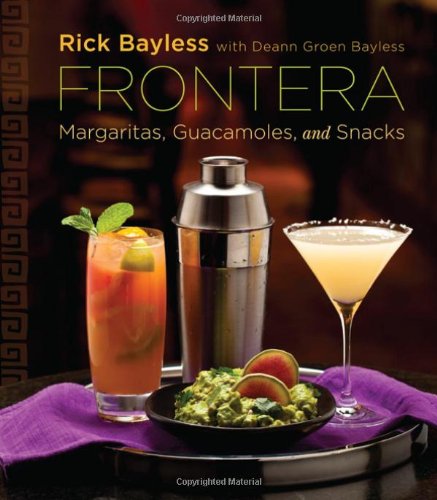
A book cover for Frontera: Margaritas, Guacamoles, and Snacks; Rick Bayless; Cookbooks, Food & Wine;